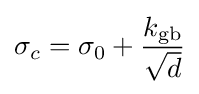
\sigma _{c}=\sigma _{0}+{\frac {k_{\text{gb}}}{\sqrt {d}}}